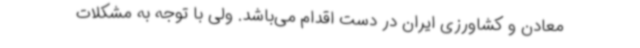
معادن و کشاورزی ایران در دست اقدام می‌باشد. ولی با توجه به مشکلات